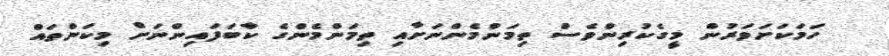
ހަމަކަށަވަރުން މީގެކުރިންވެސް ތިމަންމެންނަށާއި ތިމަންމެންގެ ކާބަފައިންނަށް މިކަންތައް